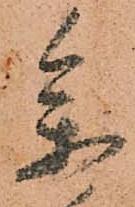
参